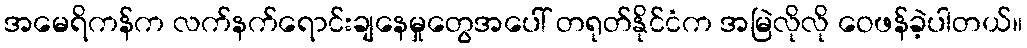
အမေရိကန်က လက်နက်ရောင်းချနေမှုတွေအပေါ် တရုတ်နိုင်ငံက အမြဲလိုလို ဝေဖန်ခဲ့ပါတယ်။